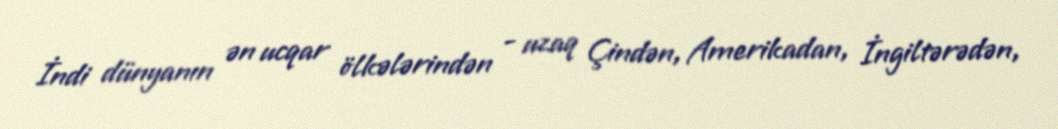
İndi dünyanın ən ucqar ölkələrindən - uzaq Çindən, Amerikadan, İngiltərədən,